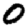
Digit: 0